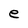
Character: e